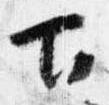
下